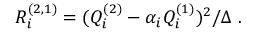
R _ { i } ^ { ( 2 , 1 ) } = ( Q _ { i } ^ { ( 2 ) } - \alpha _ { i } Q _ { i } ^ { ( 1 ) } ) ^ { 2 } / \Delta \ .